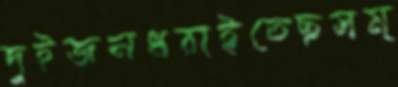
দুইজনধরাইতেছসম্